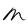
Character: M